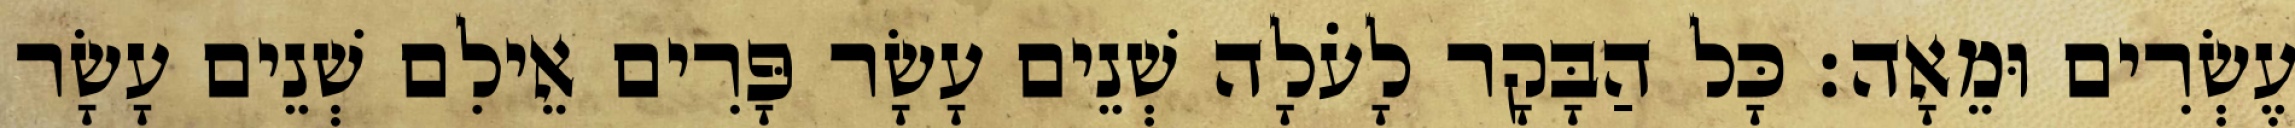
עֶשְׂרִים וּמֵאָה׃ כָּל הַבָּקָר לָעֹלָה שְׁנֵים עָשָׂר פָּרִים אֵילִם שְׁנֵים עָשָׂר